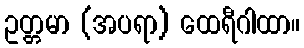
ဥတ္တမာ (အပရာ) ထေရီဂါထာ။